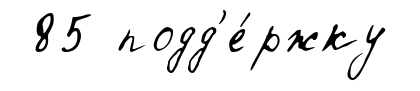
85 подд'е́ржку